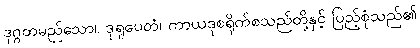
ဒုဂ္ဂတမည်သော။ ဒုရူပေတံ၊ ကာယဒုစရိုက်စသည်တို့နှင့် ပြည့်စုံသည်၏